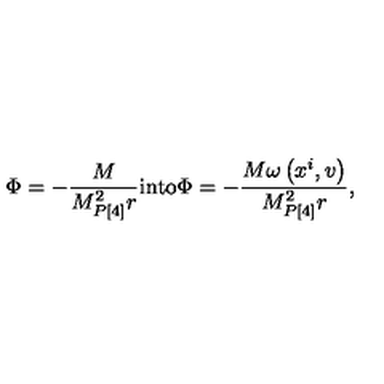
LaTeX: \Phi = - \frac { M } { M _ { P [ 4 ] } ^ { 2 } r } \mathrm { i n t o } \Phi = - \frac { M \omega \left( x ^ { i } , v \right) } { M _ { P [ 4 ] } ^ { 2 } r } ,